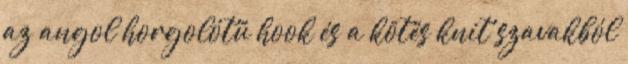
az angol horgolótű hook és a kötés knit szavakból